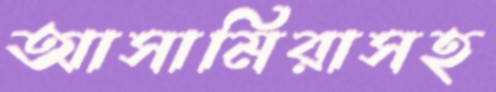
আসামিরাসহ